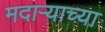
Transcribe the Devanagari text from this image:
मदाऱ्याच्या